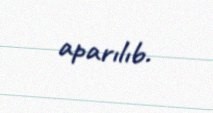
aparılıb.